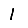
Digit: 1